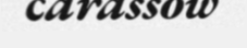
carassow